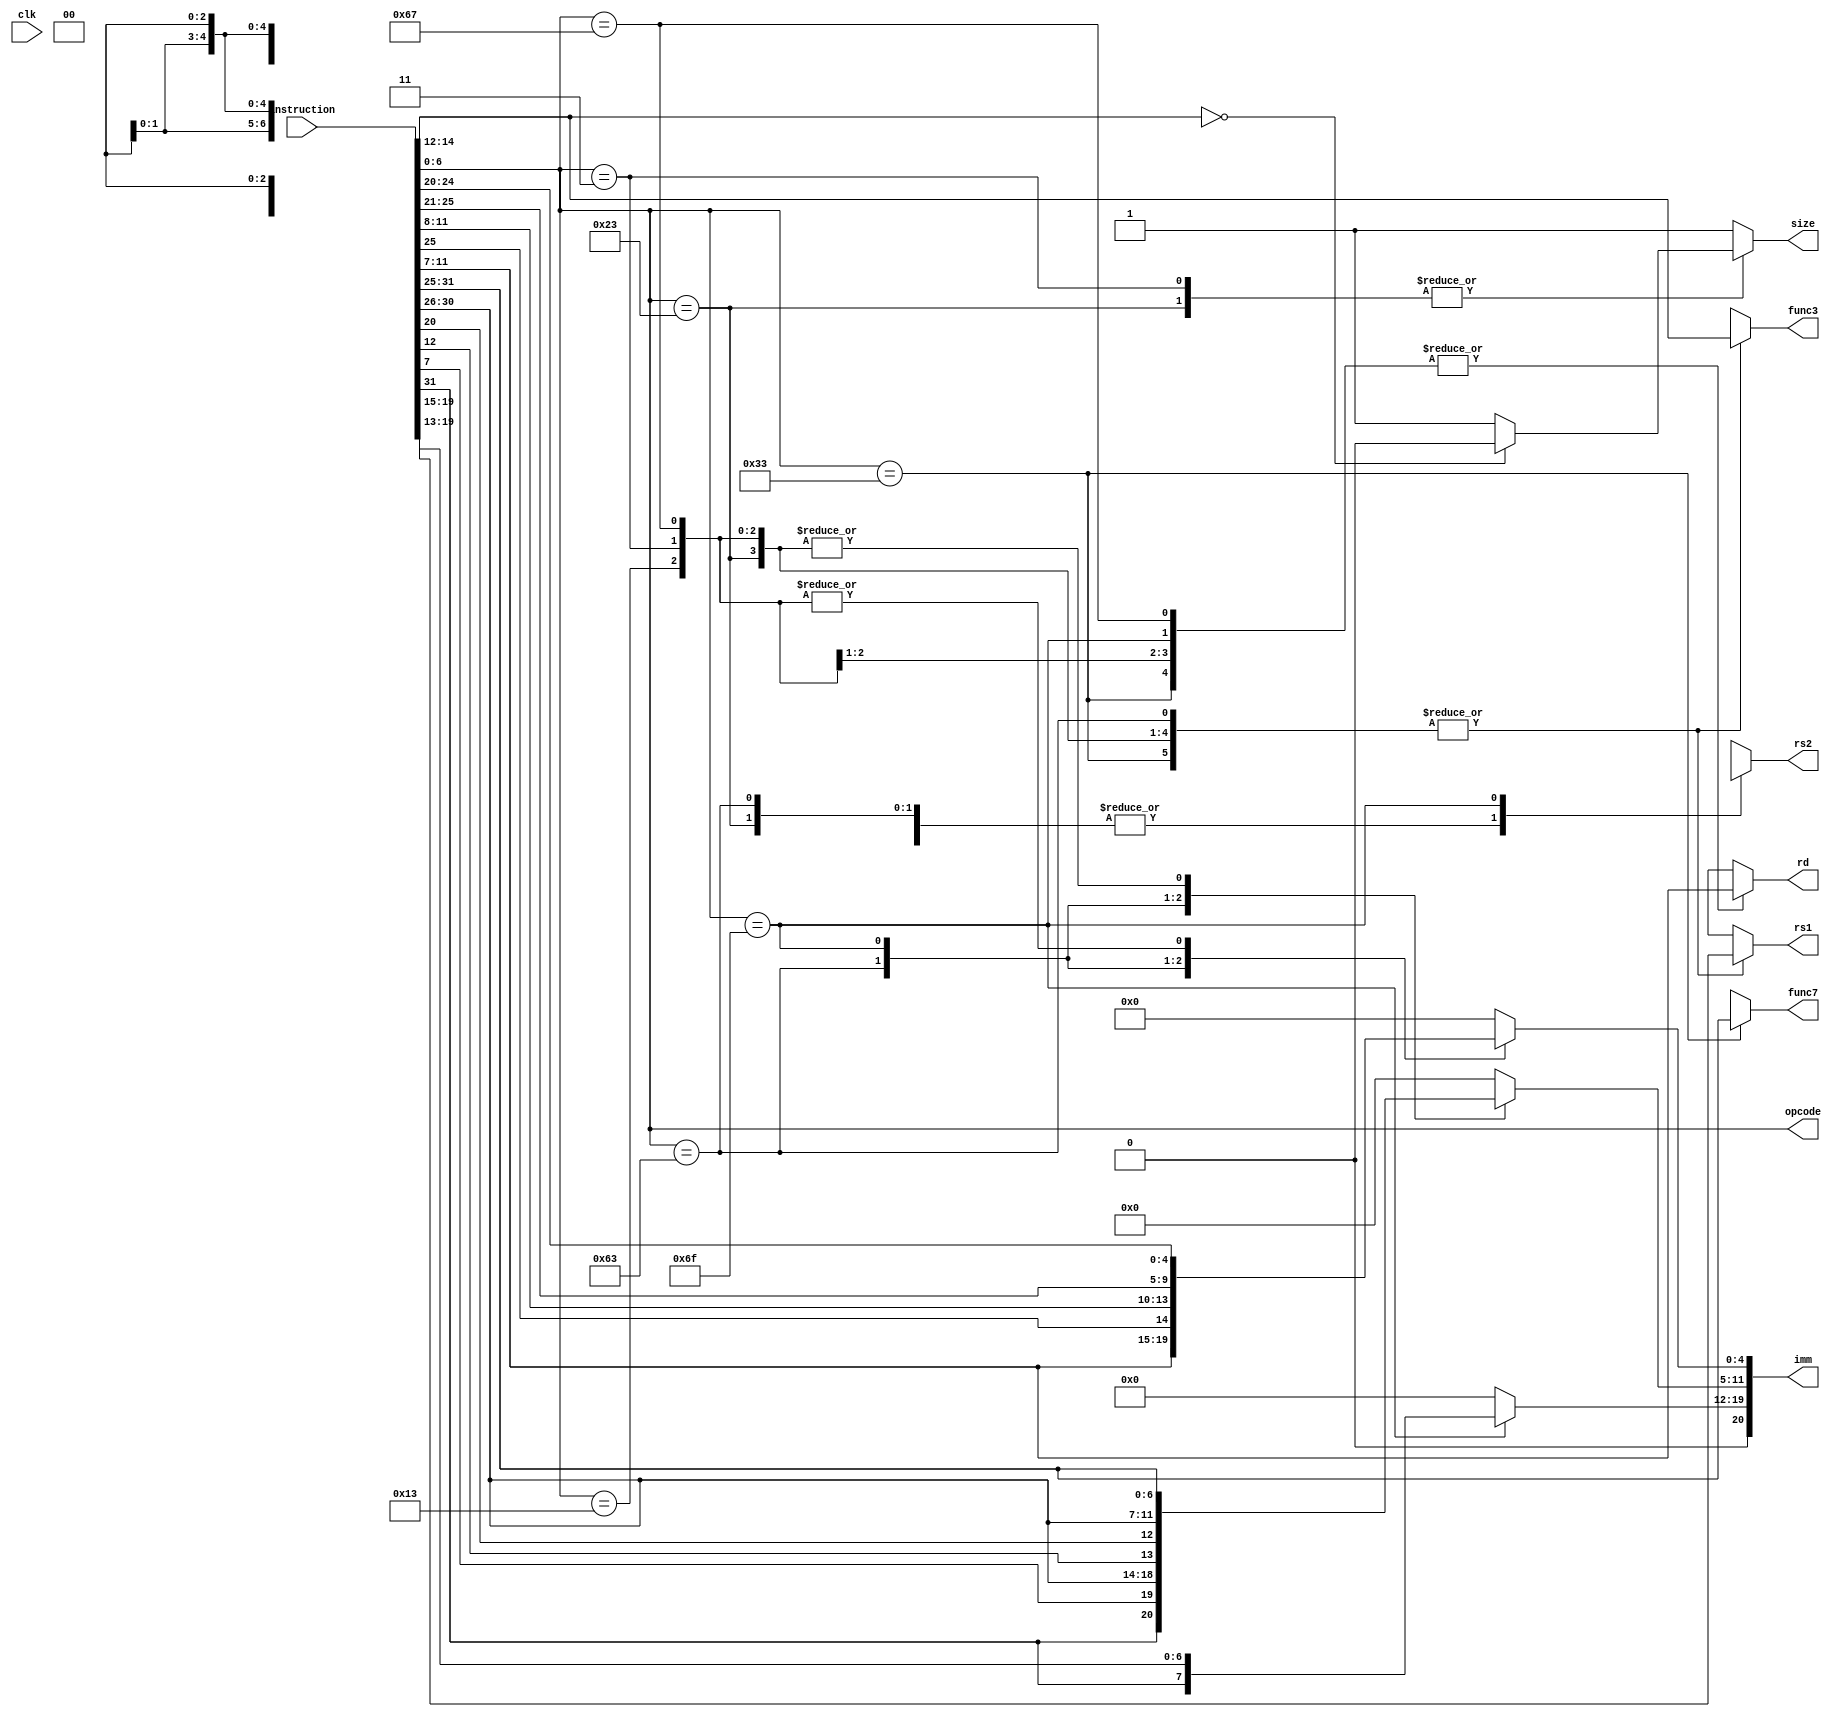
`timescale 1ns / 1ps
//decoder- Decoder: split 32bit instruction into parts

module decoder (clk,instruction,func3,func7,opcode,rs1,rs2,rd,imm,size);
input clk;                  //System clock
input [31:0] instruction;   //instruction from instruction memory

output reg [2:0] func3;     
output reg [6:0] func7;  
output reg [6:0] opcode;    //opcode for control
output reg [4:0] rs1,rs2,rd;//read_reg1,read_reg2,write_reg
output reg [20:0] imm;      //immediate -> max 20bit for Jtype
output reg size;            //size of data: 0=byte , 1=word

parameter r_type = 7'b0110011;//add,sub,and,or
parameter s_type = 7'b0100011;//sw,sb
parameter i_type = 7'b0010011;//addi
parameter l_type = 7'b0000011;//lw,lb
parameter b_type = 7'b1100011;//beq,bge,blt
parameter jal    = 7'b1101111;//jal
parameter jalr   = 7'b1100111;//jalr

always @(*) begin
    opcode = instruction[6:0]; //all instructions have opcode
    size = 1;//default size is word

    //Make all outputs 0 by default -> no garbage data
    func3=3'bx;func7=7'bx;imm=21'b0;
    rs1=5'bx;rs2=3'bx;rd=5'bx;

    //all regs (size N) not used are turned to N'bx

    case(opcode)
    r_type:
    begin
        rd = instruction[11:7];
        func3 = instruction[14:12];
        rs1 = instruction[19:15];
        rs2 = instruction[24:20];
        func7 = instruction[31:25];
    end
    s_type:
    begin
        imm[4:0] = instruction[11:7];
        func3 = instruction[14:12];
        rs1 = instruction[19:15];
        rs2 = instruction[24:20];
        imm[11:5] = instruction[31:25];
        rd = 5'bx;
        func7 = 7'bx;

        if(func3 == 3'b000)//sb
            size=0;
    end
    i_type:
    begin
        rd = instruction[11:7];
        func3 = instruction[14:12];
        rs1 = instruction[19:15];
        imm[11:0] = instruction[31:20];
        func7 = 7'bx;
    end
    l_type:
    begin
        rd = instruction[11:7];
        func3 = instruction[14:12];
        rs1 = instruction[19:15];
        imm[11:0] = instruction[31:20];
        func7 = 7'bx;

        if(func3 == 3'b000)//lb
            size=0;
    end
    b_type://shift right one
    begin
        imm[11] = instruction[7];
        imm[4:1] = instruction[11:8];
        func3 = instruction[14:12];
        rs1 = instruction[19:15];
        rs2 = instruction[24:20];
        imm[10:5] = instruction[30:25];
        imm[12] = instruction[31];
        //imm is arranged [12,11,10:5,4:1] and sign right shifted 1
        imm = imm>>>1;

        rd = 5'bx;
        func7 = 7'bx;
    end
    jal:
    begin
        rd = instruction[11:7];
        imm[19:12] = instruction[19:12];
        imm[11] = instruction[20];
        imm[10:1] = instruction[30:21];
        imm[20] = instruction[31];
        //imm is arranged [20,19:12,11,10:1] and sign right shifted 1
        imm = imm>>>1;

        func3=3'bx;
        rs1=5'bx;
        rs2=5'bx;
        func7=7'bx;
    end
    jalr:
    begin
        rd = instruction[11:7];
        func3 = instruction[14:12];
        rs1 = instruction[19:15];
        imm[11:0] = instruction[31:20];
        func7 = 7'bx;
    end
    endcase
end

endmodule